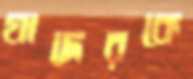
যাদেরকে